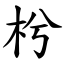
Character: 枍